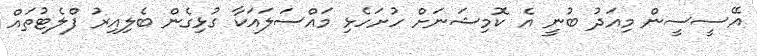
އޭސީސީން މިއަދު ބުނީ އެ ކޮމިޝަނަށް ހުށަހެޅި މައްސަލައަކާ ގުޅިގެން ބެލިއިރު ފްލެޓުތައް